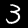
Digit: 3